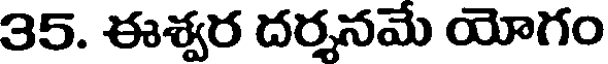
35. ఈశ్వర దర్శనమే యోగం